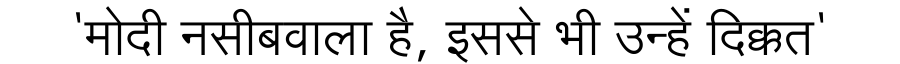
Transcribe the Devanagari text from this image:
'मोदी नसीबवाला है, इससे भी उन्हें दिक्कत'